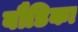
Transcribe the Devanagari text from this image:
बौडिका